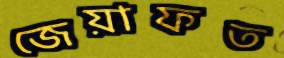
জেয়াফত